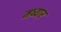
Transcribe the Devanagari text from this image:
मध्यार